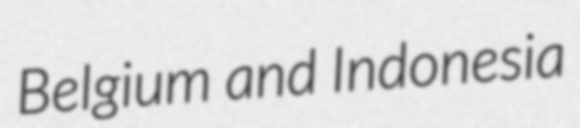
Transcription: Belgium and Indonesia